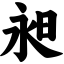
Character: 昶